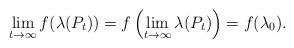
LaTeX: \begin{align*}\lim_{t\rightarrow \infty}f(\lambda(P_t))=f\left(\lim_{t\rightarrow \infty}\lambda(P_t)\right)=f(\lambda_0).\end{align*}